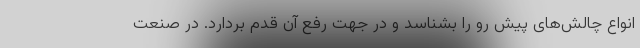
انواع چالش‌های پیش رو را بشناسد و در جهت رفع آن قدم بردارد. در صنعت